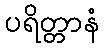
ပရိတ္တာနံ